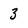
Character: 3